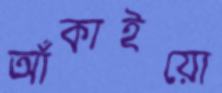
আঁকাইয়ো